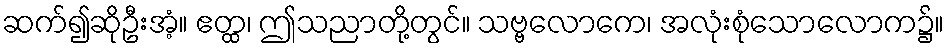
ဆက်၍ဆိုဦးအံ့။ ဧတ္ထ၊ ဤသညာတို့တွင်။ သဗ္ဗလောကေ၊ အလုံးစုံသောလောက၌။